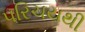
પરિચયથી